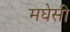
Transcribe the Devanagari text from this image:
मघेसी